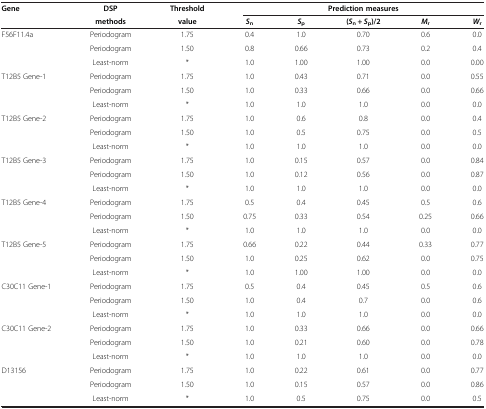
<table><thead><tr><td rowspan="2"><b>Gene</b></td><td><b>DSP</b></td><td><b>Threshold</b></td><td colspan="5"><b>Prediction measures</b></td></tr><tr><td><b>methods</b></td><td><b>value</b></td><td><b><i>S</i><sub>n</sub></b></td><td><b><i>S</i><sub>p</sub></b></td><td><b>(<i>S</i><sub>n</sub> + <i>S</i><sub>p</sub>)/2</b></td><td><b><i>M</i><sub>r</sub></b></td><td><b><i>W</i><sub>r</sub></b></td></tr></thead><tbody><tr><td rowspan="3">F56F11.4a</td><td>Periodogram</td><td>1.75</td><td>0.4</td><td>1.0</td><td>0.70</td><td>0.6</td><td>0.0</td></tr><tr><td>Periodogram</td><td>1.50</td><td>0.8</td><td>0.66</td><td>0.73</td><td>0.2</td><td>0.4</td></tr><tr><td>Least-norm</td><td>*</td><td>1.0</td><td>1.00</td><td>1.00</td><td>0.0</td><td>0.00</td></tr><tr><td rowspan="3">T12B5 Gene-1</td><td>Periodogram</td><td>1.75</td><td>1.0</td><td>0.43</td><td>0.71</td><td>0.0</td><td>0.55</td></tr><tr><td>Periodogram</td><td>1.50</td><td>1.0</td><td>0.33</td><td>0.66</td><td>0.0</td><td>0.66</td></tr><tr><td>Least-norm</td><td>*</td><td>1.0</td><td>1.0</td><td>1.0</td><td>0.0</td><td>0.0</td></tr><tr><td rowspan="3">T12B5 Gene-2</td><td>Periodogram</td><td>1.75</td><td>1.0</td><td>0.6</td><td>0.8</td><td>0.0</td><td>0.4</td></tr><tr><td>Periodogram</td><td>1.50</td><td>1.0</td><td>0.5</td><td>0.75</td><td>0.0</td><td>0.5</td></tr><tr><td>Least-norm</td><td>*</td><td>1.0</td><td>1.0</td><td>1.0</td><td>0.0</td><td>0.0</td></tr><tr><td rowspan="3">T12B5 Gene-3</td><td>Periodogram</td><td>1.75</td><td>1.0</td><td>0.15</td><td>0.57</td><td>0.0</td><td>0.84</td></tr><tr><td>Periodogram</td><td>1.50</td><td>1.0</td><td>0.12</td><td>0.56</td><td>0.0</td><td>0.87</td></tr><tr><td>Least-norm</td><td>*</td><td>1.0</td><td>1.0</td><td>1.0</td><td>0.0</td><td>0.0</td></tr><tr><td rowspan="3">T12B5 Gene-4</td><td>Periodogram</td><td>1.75</td><td>0.5</td><td>0.4</td><td>0.45</td><td>0.5</td><td>0.6</td></tr><tr><td>Periodogram</td><td>1.50</td><td>0.75</td><td>0.33</td><td>0.54</td><td>0.25</td><td>0.66</td></tr><tr><td>Least-norm</td><td>*</td><td>1.0</td><td>1.0</td><td>1.0</td><td>0.0</td><td>0.0</td></tr><tr><td rowspan="3">T12B5 Gene-5</td><td>Periodogram</td><td>1.75</td><td>0.66</td><td>0.22</td><td>0.44</td><td>0.33</td><td>0.77</td></tr><tr><td>Periodogram</td><td>1.50</td><td>1.0</td><td>0.25</td><td>0.62</td><td>0.0</td><td>0.75</td></tr><tr><td>Least-norm</td><td>*</td><td>1.0</td><td>1.00</td><td>1.00</td><td>0.0</td><td>0.0</td></tr><tr><td rowspan="3">C30C11 Gene-1</td><td>Periodogram</td><td>1.75</td><td>0.5</td><td>0.4</td><td>0.45</td><td>0.5</td><td>0.6</td></tr><tr><td>Periodogram</td><td>1.50</td><td>1.0</td><td>0.4</td><td>0.7</td><td>0.0</td><td>0.6</td></tr><tr><td>Least-norm</td><td>*</td><td>1.0</td><td>1.0</td><td>1.0</td><td>0.0</td><td>0.0</td></tr><tr><td rowspan="3">C30C11 Gene-2</td><td>Periodogram</td><td>1.75</td><td>1.0</td><td>0.33</td><td>0.66</td><td>0.0</td><td>0.66</td></tr><tr><td>Periodogram</td><td>1.50</td><td>1.0</td><td>0.21</td><td>0.60</td><td>0.0</td><td>0.78</td></tr><tr><td>Least-norm</td><td>*</td><td>1.0</td><td>1.0</td><td>1.0</td><td>0.0</td><td>0.0</td></tr><tr><td rowspan="3">D13156</td><td>Periodogram</td><td>1.75</td><td>1.0</td><td>0.22</td><td>0.61</td><td>0.0</td><td>0.77</td></tr><tr><td>Periodogram</td><td>1.50</td><td>1.0</td><td>0.15</td><td>0.57</td><td>0.0</td><td>0.86</td></tr><tr><td>Least-norm</td><td>*</td><td>1.0</td><td>0.5</td><td>0.75</td><td>0.0</td><td>0.5</td></tr></tbody></table>